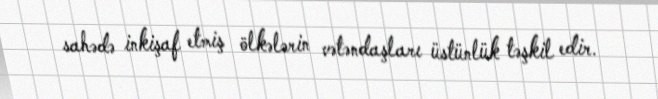
sahədə inkişaf etmiş ölkələrin vətəndaşları üstünlük təşkil edir.